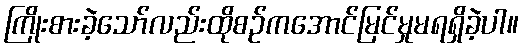
ကြိုးစားခဲ့သော်လည်းထိုစဉ်ကအောင်မြင်မှုမရရှိခဲ့ပါ။